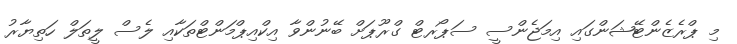
މި ޕްރެޒެންޓޭޝަންގައި އިމަޖެންސީ ސަޕޯރޓް ގްރޫޕަށް ބޭނުންވާ އިކްއިޕްމަންޓްތަކާއި ލެސް ލީތަލް ހަތިޔާރު